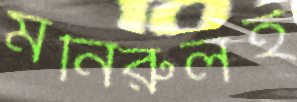
মনিরুলই